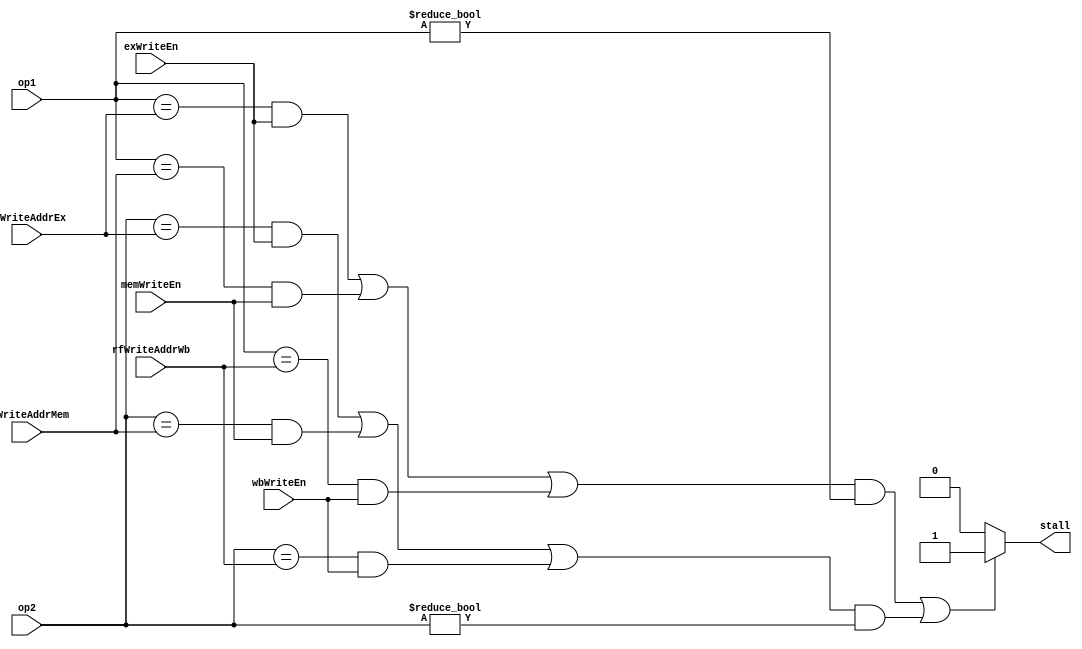
module hazard#(parameter rfWidth= 3)(op1,op2,rfWriteAddrEx,rfWriteAddrMem,rfWriteAddrWb,exWriteEn,memWriteEn,wbWriteEn,stall);
input [rfWidth-1:0]op1,op2,rfWriteAddrEx,rfWriteAddrMem,rfWriteAddrWb;
input exWriteEn, memWriteEn, wbWriteEn;
output reg stall;
always @(*)
begin
stall=0;
if((((op1==rfWriteAddrEx && exWriteEn) || (op1==rfWriteAddrMem && memWriteEn) || (op1== rfWriteAddrWb && wbWriteEn)) && op1!=3'b0) ||
 (((op2==rfWriteAddrEx && exWriteEn) || (op2==rfWriteAddrMem && memWriteEn) || (op2== rfWriteAddrWb && wbWriteEn)) && op2!=3'b0))
	stall=1;

end
endmodule